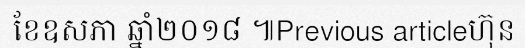
ខែឧសភា ឆ្នាំ២០១៨ ៕Previous articleហ៊ុន